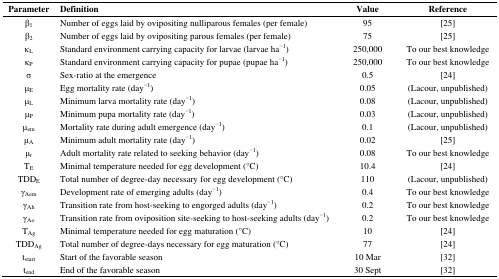
<table><thead><tr><td><b>Parameter</b></td><td><b>Definition</b></td><td><b>Value</b></td><td><b>Reference</b></td></tr></thead><tbody><tr><td>β<sub>1</sub></td><td>Number of eggs laid by ovipositing nulliparous females (per female)</td><td>95</td><td>[25]</td></tr><tr><td>β<sub>2</sub></td><td>Number of eggs laid by ovipositing parous females (per female)</td><td>75</td><td>[25]</td></tr><tr><td>κ<sub>L</sub></td><td>Standard environment carrying capacity for larvae (larvae ha<sup>−1</sup>)</td><td>250,000</td><td>To our best knowledge</td></tr><tr><td>κ<sub>P</sub></td><td>Standard environment carrying capacity for pupae (pupae ha<sup>−1</sup>)</td><td>250,000</td><td>To our best knowledge</td></tr><tr><td>σ</td><td>Sex-ratio at the emergence</td><td>0.5</td><td>[24]</td></tr><tr><td>μ<sub>E</sub></td><td>Egg mortality rate (day<sup>−1</sup>)</td><td>0.05</td><td>(Lacour, unpublished)</td></tr><tr><td>μ<sub>L</sub></td><td>Minimum larva mortality rate (day<sup>−1</sup>)</td><td>0.08</td><td>(Lacour, unpublished)</td></tr><tr><td>μ<sub>P</sub></td><td>Minimum pupa mortality rate (day<sup>−1</sup>)</td><td>0.03</td><td>(Lacour, unpublished)</td></tr><tr><td>μ<sub>em</sub></td><td>Mortality rate during adult emergence (day<sup>−1</sup>)</td><td>0.1</td><td>(Lacour, unpublished)</td></tr><tr><td>μ<sub>A</sub></td><td>Minimum adult mortality rate (day<sup>−1</sup>)</td><td>0.02</td><td>[25]</td></tr><tr><td>μ<sub>r</sub></td><td>Adult mortality rate related to seeking behavior (day<sup>−1</sup>)</td><td>0.08</td><td>To our best knowledge</td></tr><tr><td>T<sub>E</sub></td><td>Minimal temperature needed for egg development (°C)</td><td>10.4</td><td>[24]</td></tr><tr><td>TDD<sub>E</sub></td><td>Total number of degree-day necessary for egg development (°C)</td><td>110</td><td>(Lacour, unpublished)</td></tr><tr><td>γ<sub>Aem</sub></td><td>Development rate of emerging adults (day<sup>−1</sup>)</td><td>0.4</td><td>To our best knowledge</td></tr><tr><td>γ<sub>Ah</sub></td><td>Transition rate from host-seeking to engorged adults (day<sup>−1</sup>)</td><td>0.2</td><td>To our best knowledge</td></tr><tr><td>γ<sub>Ao</sub></td><td>Transition rate from oviposition site-seeking to host-seeking adults (day<sup>−1</sup>)</td><td>0.2</td><td>To our best knowledge</td></tr><tr><td>T<sub>Ag</sub></td><td>Minimal temperature needed for egg maturation (°C)</td><td>10</td><td>[24]</td></tr><tr><td>TDD<sub>Ag</sub></td><td>Total number of degree-days necessary for egg maturation (°C)</td><td>77</td><td>[24]</td></tr><tr><td>t<sub>start</sub></td><td>Start of the favorable season</td><td>10 Mar</td><td>[32]</td></tr><tr><td>t<sub>end</sub></td><td>End of the favorable season</td><td>30 Sept</td><td>[32]</td></tr></tbody></table>